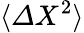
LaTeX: \langle{\mit\Delta}X^{2}\rangle